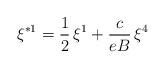
LaTeX: \begin{align*}\xi ^{\ast 1}=\frac{1}{2}\,\xi ^{1}+\frac{c}{eB}\,\xi ^{4} \end{align*}